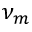
\nu _ { m }